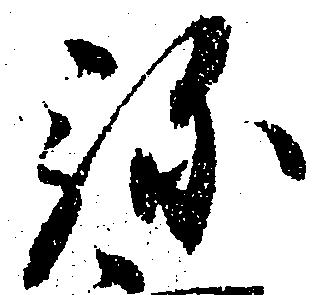
弥